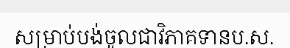
សម្រាប់បង់ចូលជាវិភាគទានប.ស.